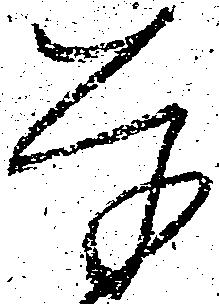
赤